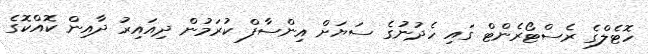
ހޮޓެލްގެ ރެސްޓޯރެންޓް ގައި ހެދުނުގެ ސަޔަށް އިންސާފް ކުރަމުން ދިއައިރު ދާއިން ކޮއްކޮގެ